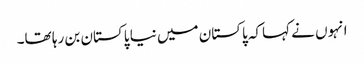
انہوں نے کہاکہ پاکستان میں نیا پاکستان بن رہا تھا۔